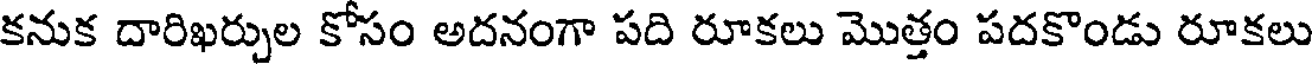
కనుక దారిఖర్చుల కోసం అదనంగా పది రూకలు మొత్తం పదకొండు రూకలు